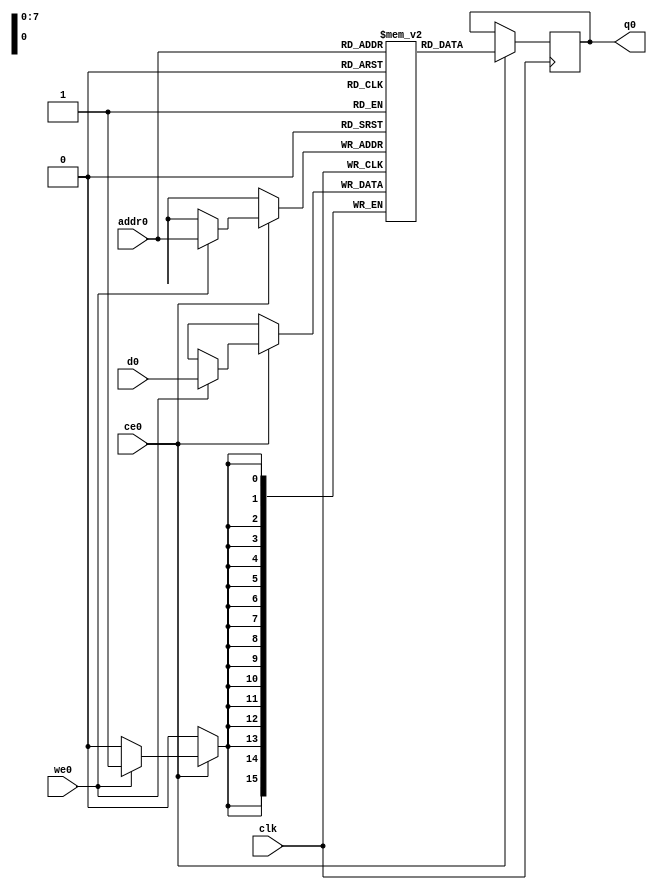
// ==============================================================
// Vivado(TM) HLS - High-Level Synthesis from C, C++ and SystemC v2019.2 (64-bit)
// Copyright 1986-2019 Xilinx, Inc. All Rights Reserved.
// ==============================================================
`timescale 1 ns / 1 ps
module cnnshift_arr_ap_fixed_ap_fixed_16_4_5_3_0_config19_s_tmpiEe0_ram (addr0, ce0, d0, we0, q0,  clk);

parameter DWIDTH = 16;
parameter AWIDTH = 8;
parameter MEM_SIZE = 192;

input[AWIDTH-1:0] addr0;
input ce0;
input[DWIDTH-1:0] d0;
input we0;
output reg[DWIDTH-1:0] q0;
input clk;

(* ram_style = "block" *)reg [DWIDTH-1:0] ram[0:MEM_SIZE-1];




always @(posedge clk)  
begin 
    if (ce0) begin
        if (we0) 
            ram[addr0] <= d0; 
        q0 <= ram[addr0];
    end
end


endmodule

`timescale 1 ns / 1 ps
module cnnshift_arr_ap_fixed_ap_fixed_16_4_5_3_0_config19_s_tmpiEe0(
    reset,
    clk,
    address0,
    ce0,
    we0,
    d0,
    q0);

parameter DataWidth = 32'd16;
parameter AddressRange = 32'd192;
parameter AddressWidth = 32'd8;
input reset;
input clk;
input[AddressWidth - 1:0] address0;
input ce0;
input we0;
input[DataWidth - 1:0] d0;
output[DataWidth - 1:0] q0;



cnnshift_arr_ap_fixed_ap_fixed_16_4_5_3_0_config19_s_tmpiEe0_ram cnnshift_arr_ap_fixed_ap_fixed_16_4_5_3_0_config19_s_tmpiEe0_ram_U(
    .clk( clk ),
    .addr0( address0 ),
    .ce0( ce0 ),
    .we0( we0 ),
    .d0( d0 ),
    .q0( q0 ));

endmodule